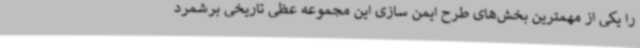
را یکی از مهمترین بخش‌های طرح ایمن سازی این مجموعه عظی تاریخی برشمرد